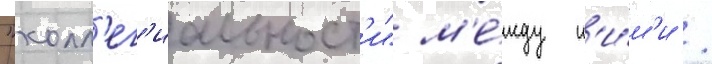
"колл'ег'иальност'и" м'е́жду н'и́м'и /